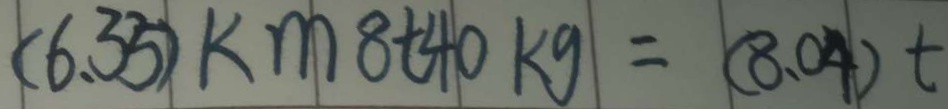
( 6 . 3 5 ) k m 8 + 4 0 k g = ( 8 . 0 4 ) t